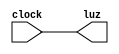
module pisca (input clock, output luz);
  assign luz = clock;

endmodule
module testclock;
  reg clock;
  wire luz;
  always #5 clock = ~clock;//#  arbitrrio?
  pisca A(clock, luz);
  initial begin
    $dumpvars(0, A);
    clock <= 0;
    #500;
    $finish;
  end

endmodule